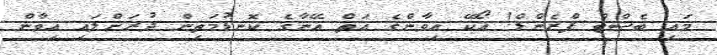
މައި ބެސްޓް ފްރެންޑް! އޯކޭ އިވާންގެ އަތް އޭނާގެ ކޮނޑުމަތިން ދުރަށްލައި އިވާން